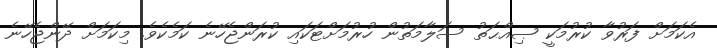
އެކަމަށް ފަރުވާ ކުރުމަކީ ޞިއްޙަތު ސަލާމަތުން ހުރުމަށްޓަކައި ކުރަންޖެހޭނެ ކަމެކެވެ. މިކަމަށް ދޭންޖެހޭނެ